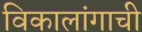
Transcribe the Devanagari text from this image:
विकालांगाची